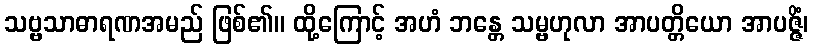
သဗ္ဗသာဓာရဏအမည် ဖြစ်၏။ ထို့ကြောင့် အဟံ ဘန္တေ သမ္ဗဟုလာ အာပတ္တိယော အာပဇ္ဇိံ၊